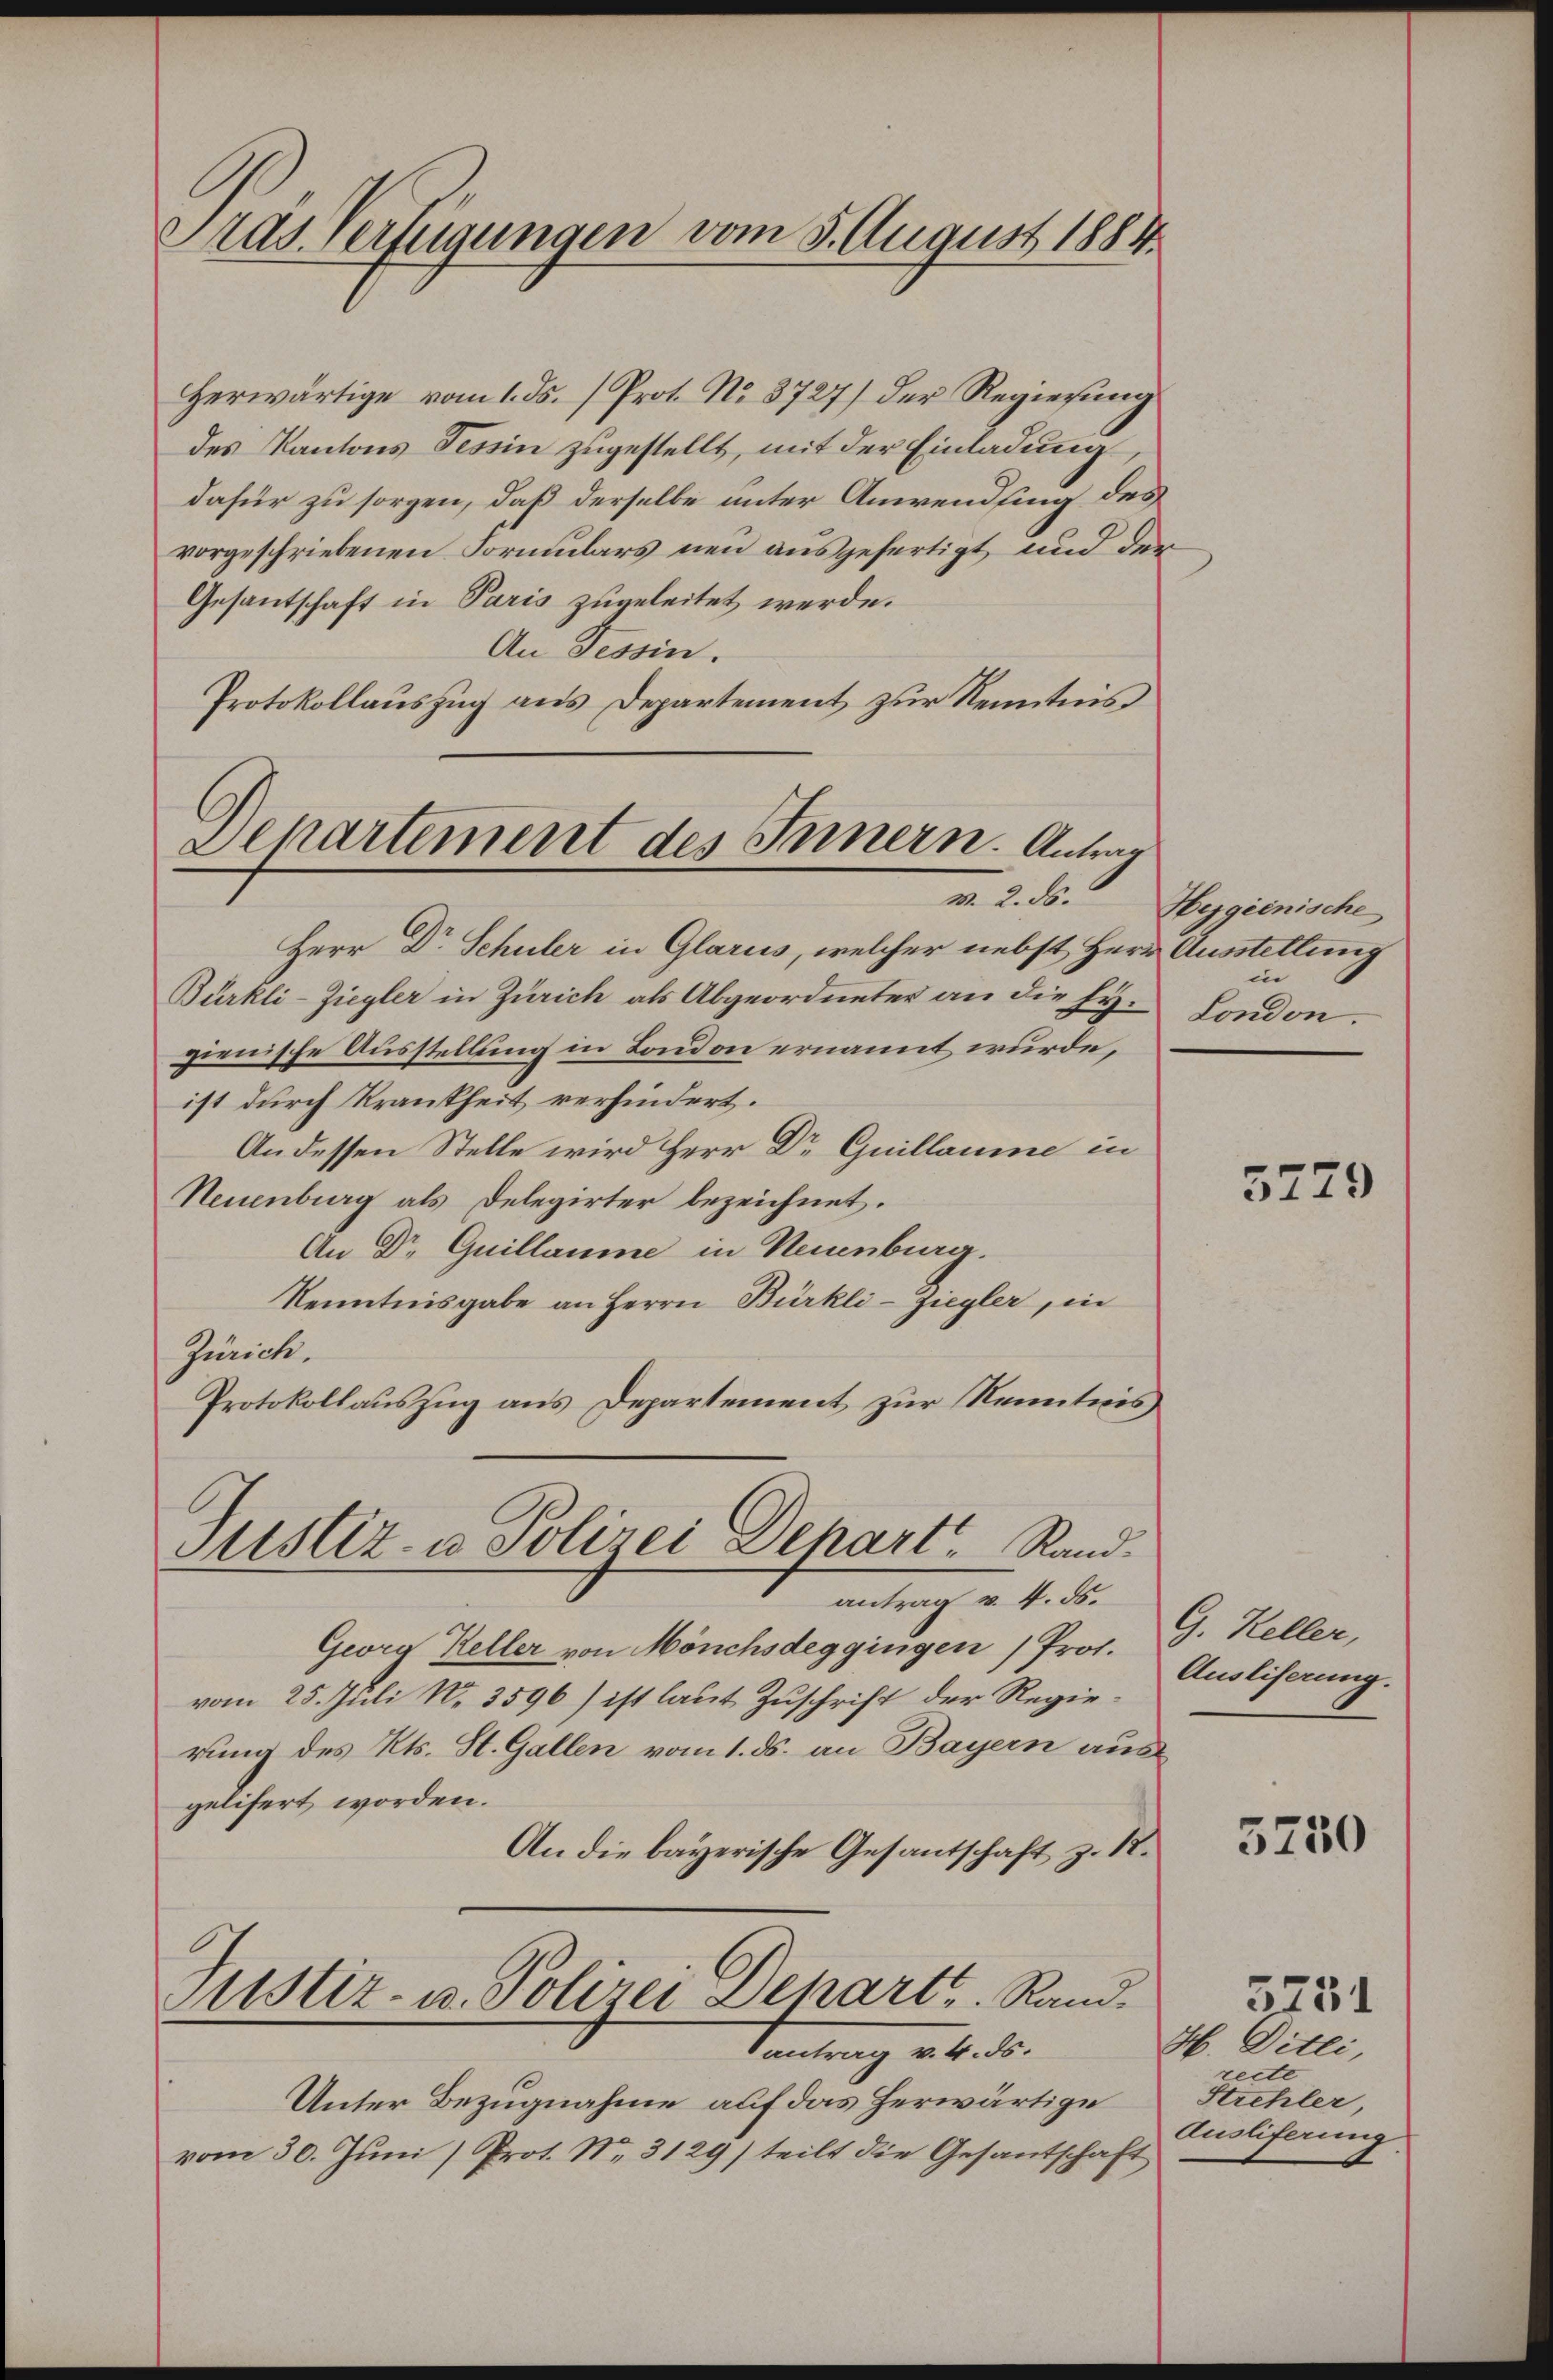
Pras Verfügungen vom 5. August 1884.

Herwärtige vom 1. ds. (Prot. No 8727) der Regierung
des Kantons Tessin zugestellt, mit der Einladung,
dafür zu sorgen, daß derselbe unter Anwendung des
vorgeschriebenen Formulars neu ausgefertigt und der
Gesantschaft in Paris zugeleitet werde.
An Tessin.
Protokollauszug aus Departement zur Kenntnis

Alpartement des Innern. Antrag
M. 2. ds.

Justiz- u Polizei Dehart, Rand.

Herr Dr. Schuler in Glarus, welcher nebst Herr
Bürkli-Ziegler in Zürich als Abgeordneter an die Hy. London.
zienische Ausstellung in London ernannt wurde,
ist durch Krankheit verhindert.
An dessen Stelle wird Herr Dr Guillaume in
Neuenburg als Delegirter bezeichnet.
An Dr. Guillaume in Neuenburg.
Kenntnisgabe an Herrn Bürkli-Ziegler, in
Zürich.
Protokollauszug aus Departement zur Kenntnis,
antrag v. 4. ds.
Geora Keller von Mönchsdeggingen) Prof.
vom 25. Juli No 3596) ist laut Zuschrift der Regierung des Kts. St. Gallen vom 1. ds. an Bayern aus
gelifert worden.
An die bayerische Gesandtschaft z. 18.
Justiz- u. Polizei Departe. Rand.
antrag v. 4. ds.
Unter Bezugnahme auf das herwärtige
vom 30. Jŭni Prot. No. 3129) teilt die Gesantschaft

Hygeinische
& Ausstellung
in

5779

G. Keller,
Ausliferung.

5250

5751
H. Ditli,
recte
Strehler,
Ausliferung.